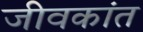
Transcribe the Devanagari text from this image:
जीवकांत